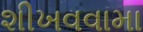
શીખવવામા